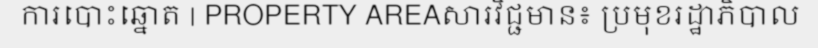
ការបោះឆ្នោត | PROPERTY AREAសារវិជ្ជមាន៖ ប្រមុខរដ្ឋាភិបាល